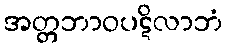
အတ္တဘာဝပဋိလာဘံ